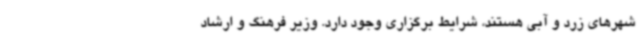
شهرهای زرد و آبی هستند، شرایط برگزاری وجود دارد. وزیر فرهنگ و ارشاد